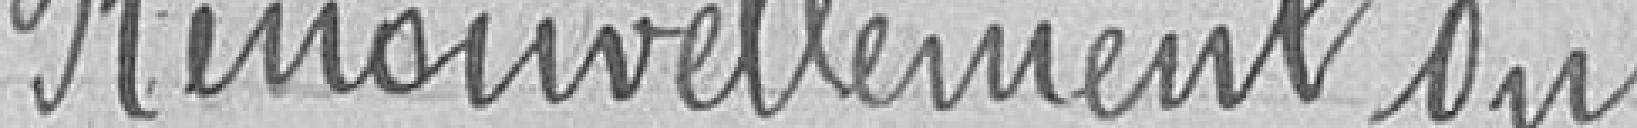
Renouvellement du